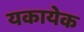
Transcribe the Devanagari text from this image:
यकायेक